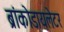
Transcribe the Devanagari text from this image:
ब्रांकोडायलेटर